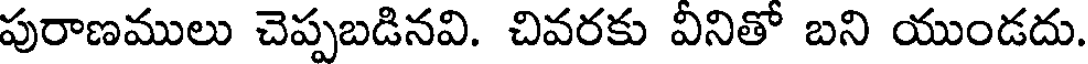
పురాణములు చెప్పబడినవి. చివరకు వీనితో బని యుండదు.